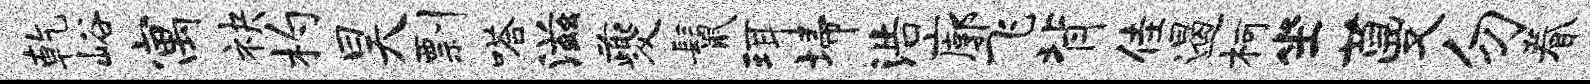
乾峪寓袂杓昊剽嗒滋夔鬣珥埽浩廓飞背佳遏柯坐蔓勿眷